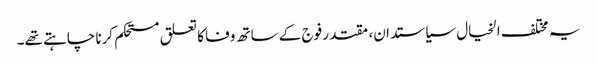
یہ مختلف الخیال سیاستدان، مقتدر فوج کے ساتھ وفا کا تعلق مستحکم کرنا چاہتے تھے۔